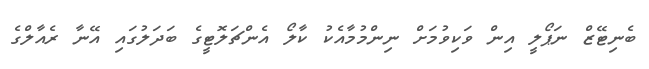
ބެނިޓޭޒް ނަޕޯލީ އިން ވަކިވުމަށް ނިންމުމާއެކު ކާލޯ އެންޗަލޮޓީގެ ބަދަލުގައި އޭނާ ރެއާލްގެ